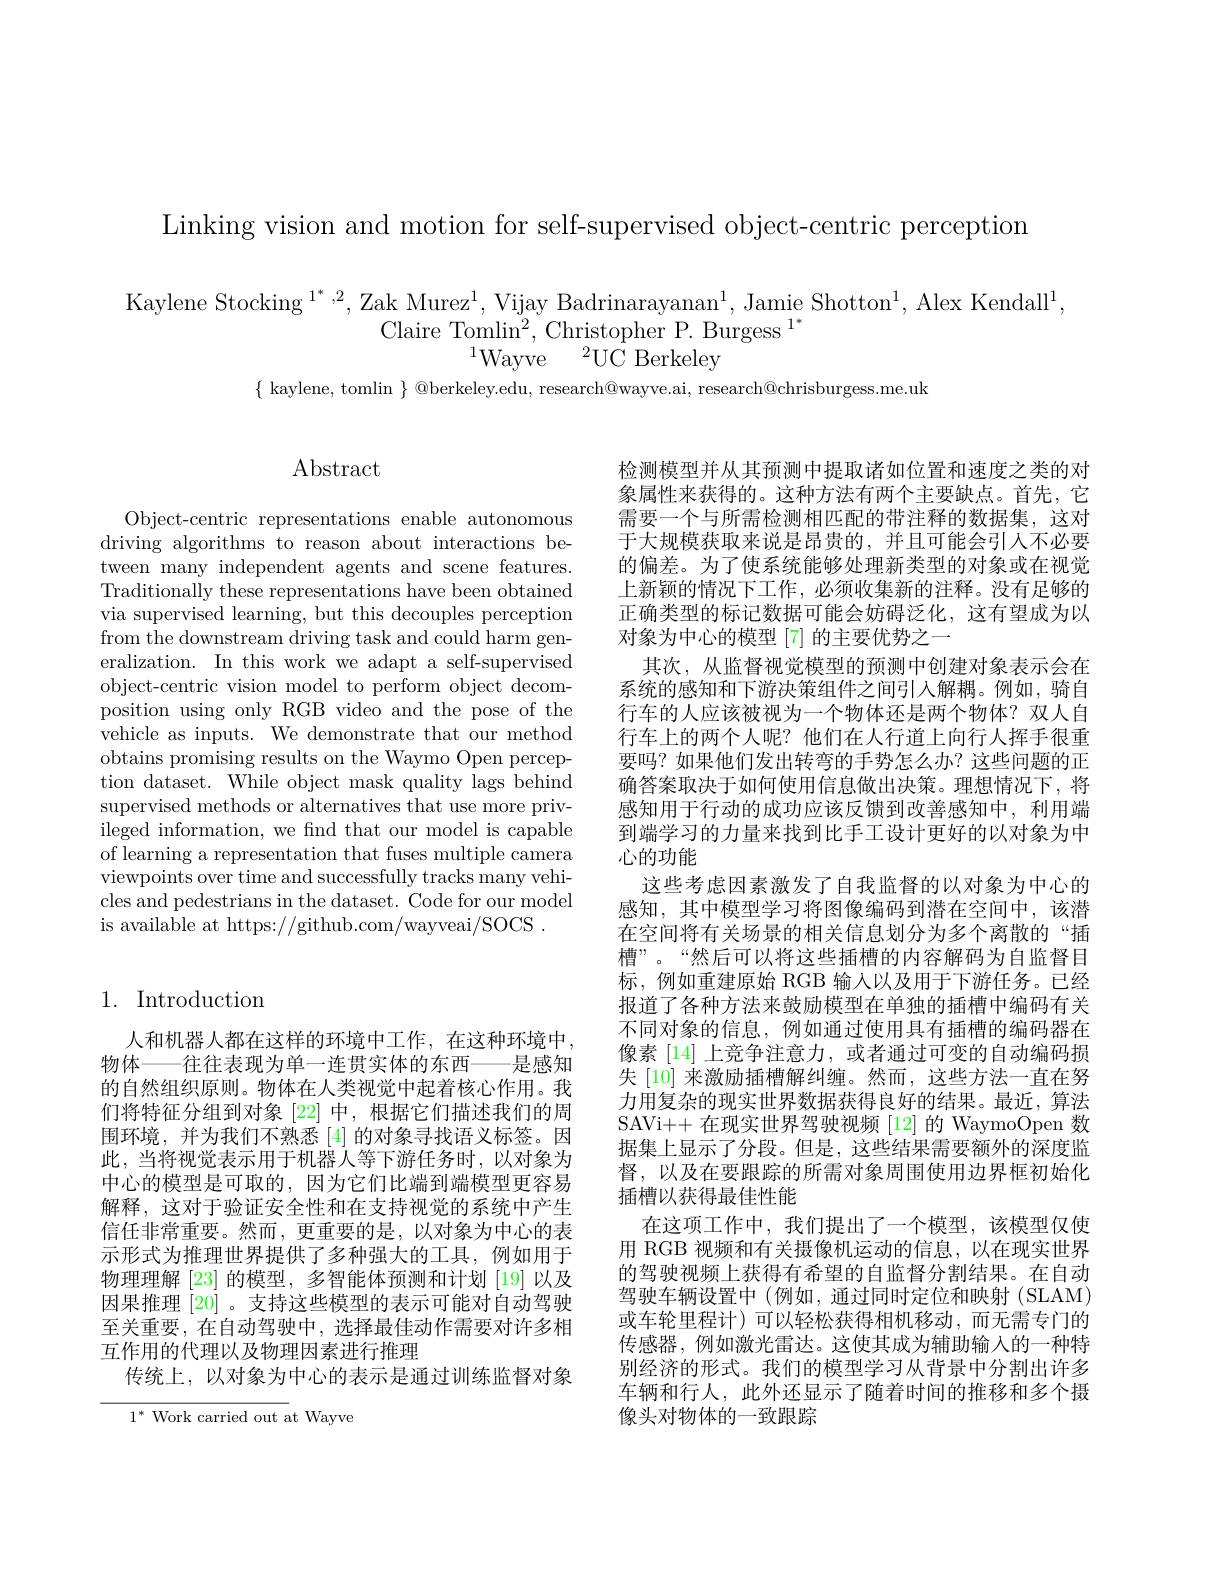
Linking vision and motion for self-supervised object-centric perception

Kaylene Stocking $^1^*,2$, Zak Murez$^1$, Vijay Badrinarayanan$^1$, Jamie Shotton$^1$, Alex Kendall$^1$,
Claire Tomlin$^2,\mathrm{~Christopher~P.~Burgess~}^{1^*}$
$^{1}$Wayve$\:^2$UC Berkeley

$\{$ kaylene, tomlin $\}$ @berkeley.edu, research@wayve.ai, research@chrisburgess.me.uk

## 1. Introduction

人和机器人都在这样的环境中工作，在这种环境中， 物体——往往表现为单一连贯实体的东西——是感知的自然组织原则。物体在人类视觉中起着核心作用。我们将特征分组到对象[22]中，根据它们描述我们的周围环境，并为我们不熟悉 [4] 的对象寻找语义标签。因此，当将视觉表示用于机器人等下游任务时，以对象为中心的模型是可取的，因为它们比端到端模型更容易解释，这对于验证安全性和在支持视觉的系统中产生信任非常重要。然而，更重要的是，以对象为中心的表示形式为推理世界提供了多种强大的工具，例如用于物理理解[23]的模型，多智能体预测和计划 [19] 以及因果推理[20] 。支持这些模型的表示可能对自动驾驶至关重要，在自动驾驶中，选择最佳动作需要对许多相互作用的代理以及物理因素进行推理
传统上，以对象为中心的表示是通过训练监督对象

$1^*$ Work carried out at Wayve

# $\operatorname{Abstract}$

Object-centric representations enable autonomous driving algorithms to reason about interactions between many independent agents and scene features. Traditionally these representations have been obtained via supervised learning, but this decouples perception from the downstream driving task and could harm generalization. In this work we adapt a self-supervised object-centric vision model to perform object decomposition using only RGB video and the pose of the vehicle as inputs. We demonstrate that our method obtains promising results on the Waymo Open perception dataset. While object mask quality lags behind supervised methods or alternatives that use more privileged information, we find that our model is capable of learning a representation that fuses multiple camera viewpoints over time and successfully tracks many vehicles and pedestrians in the dataset. Code for our model is available at https://github.com/wayveai/SOCS

检测模型并从其预测中提取诸如位置和速度之类的对象属性来获得的。这种方法有两个主要缺点。首先，它需要一个与所需检测相匹配的带注释的数据集，这对于大规模获取来说是昂贵的，并且可能会引人不必要的偏差。为了使系统能够处理新类型的对象或在视觉上新颖的情况下工作，必须收集新的注释。没有足够的正确类型的标记数据可能会妨碍泛化，这有望成为以对象为中心的模型「7] 的主要优势之一
其次，从监督视觉模型的预测中创建对象表示会在系统的感知和下游决策组件之间引入解耦。例如，骑自行车的人应该被视为一个物体还是两个物体？双人自行车上的两个人呢？他们在人行道上向行人挥手很重要吗？如果他们发出转弯的手势怎么办？这些问题的正确答案取决于如何使用信息做出决策。理想情况下，将感知用于行动的成功应该反馈到改善感知中，利用端到端学习的力量来找到比手工设计更好的以对象为中心的功能
这些考虑因素激发了自我监督的以对象为中心的感知，其中模型学习将图像编码到潜在空间中，该潜在空间将有关场景的相关信息划分为多个离散的“插槽”。“然后可以将这些插槽的内容解码为自监督目标，例如重建原始 RGB 输入以及用于下游任务。已经报道了各种方法来鼓励模型在单独的插槽中编码有关不同对象的信息，例如通过使用具有插槽的编码器在像素[14]上竞争注意力，或者通过可变的自动编码损失[10] 来激励插槽解纠缠。然而，这些方法一直在努力用复杂的现实世界数据获得良好的结果。最近，算法SAVi++ 在现实世界驾驶视频 [12] 的 WaymoOpen 数据集上显示了分段。但是，这些结果需要额外的深度监督，以及在要跟踪的所需对象周围使用边界框初始化插槽以获得最佳性能
在这项工作中，我们提出了一个模型，该模型仅使用 RGB 视频和有关摄像机运动的信息，以在现实世界的驾驶视频上获得有希望的自监督分割结果。在自动驾驶车辆设置中 (例如，通过同时定位和映射 (SLAM) 或车轮里程计)可以轻松获得相机移动，而无需专门的传感器，例如激光雷达。这使其成为辅助输人的一种特别经济的形式。我们的模型学习从背景中分割出许多车辆和行人，此外还显示了随着时间的推移和多个摄像头对物体的一致跟踪